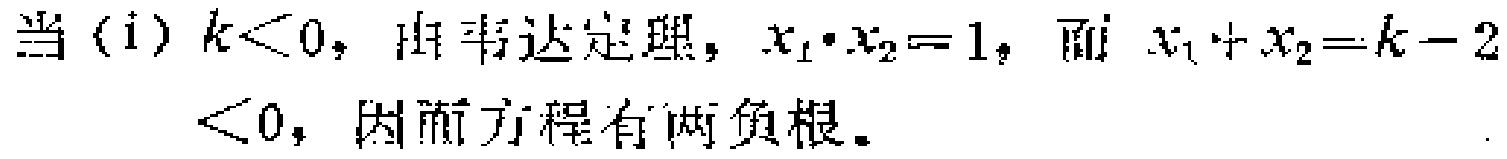
当 (i) \(k < 0\)，由韦达定理，\(x_{1}\cdot x_{2}=1\)，而 \(x_{1}+x_{2}=k - 2<0\)，因而方程有两负根。